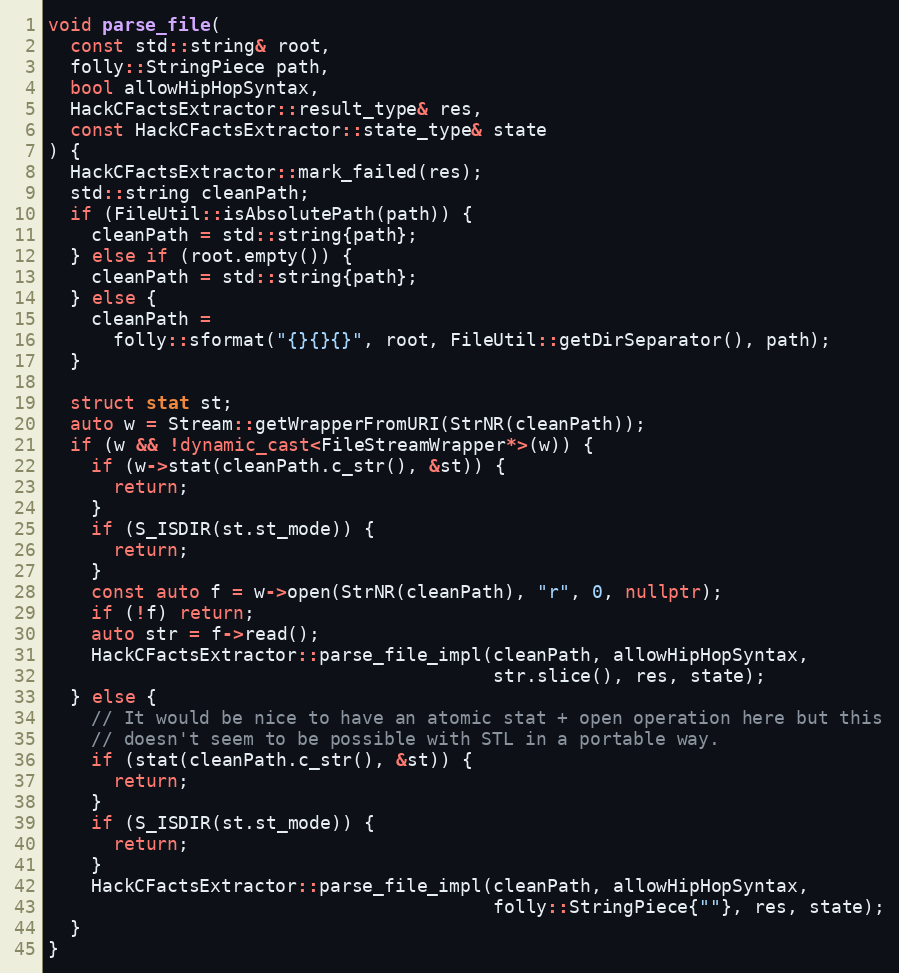
Language: C++
void parse_file(
  const std::string& root,
  folly::StringPiece path,
  bool allowHipHopSyntax,
  HackCFactsExtractor::result_type& res,
  const HackCFactsExtractor::state_type& state
) {
  HackCFactsExtractor::mark_failed(res);
  std::string cleanPath;
  if (FileUtil::isAbsolutePath(path)) {
    cleanPath = std::string{path};
  } else if (root.empty()) {
    cleanPath = std::string{path};
  } else {
    cleanPath =
      folly::sformat("{}{}{}", root, FileUtil::getDirSeparator(), path);
  }

  struct stat st;
  auto w = Stream::getWrapperFromURI(StrNR(cleanPath));
  if (w && !dynamic_cast<FileStreamWrapper*>(w)) {
    if (w->stat(cleanPath.c_str(), &st)) {
      return;
    }
    if (S_ISDIR(st.st_mode)) {
      return;
    }
    const auto f = w->open(StrNR(cleanPath), "r", 0, nullptr);
    if (!f) return;
    auto str = f->read();
    HackCFactsExtractor::parse_file_impl(cleanPath, allowHipHopSyntax,
                                         str.slice(), res, state);
  } else {
    // It would be nice to have an atomic stat + open operation here but this
    // doesn't seem to be possible with STL in a portable way.
    if (stat(cleanPath.c_str(), &st)) {
      return;
    }
    if (S_ISDIR(st.st_mode)) {
      return;
    }
    HackCFactsExtractor::parse_file_impl(cleanPath, allowHipHopSyntax,
                                         folly::StringPiece{""}, res, state);
  }
}